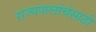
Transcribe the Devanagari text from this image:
राज्यपालांचेसाठी